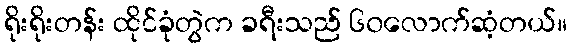
ရိုးရိုးတန်း ထိုင်ခုံတွဲက ခရီးသည် ၆၀လောက်ဆံ့တယ်။